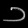
Digit: ၁